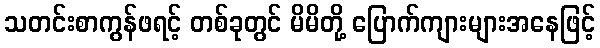
သတင်းစာကွန်ဖရင့် တစ်ခုတွင် မိမိတို့ ပြောက်ကျားများအနေဖြင့်